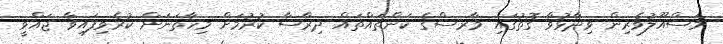
މަސްއޫލުވެރިން ވިދާޅުވާ ގޮތުގައި މާރސްގެ ކަންތައްތައް ދިރާސާ ކުރުމަށް މިހާތަނަށް ކުރެވިފައިވާ ޖައްވީ